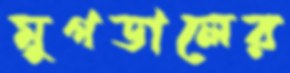
মুগডালের